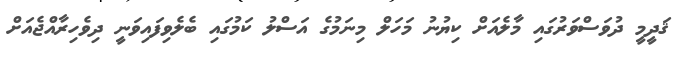
ޤަދީމީ ދުވަސްވަރުގައި މާލެއަށް ކިޔުނު މަހަލް މިނަމުގެ އަސްލު ކަމުގައި ބެލެވިފައިވަނީ ދިވެހިރާއްޖެއަށް